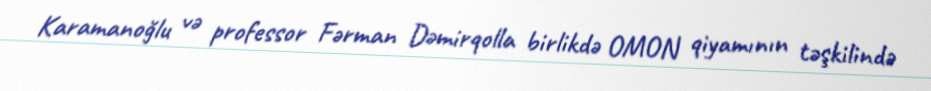
Karamanoğlu və professor Fərman Dəmirqolla birlikdə OMON qiyamının təşkilində